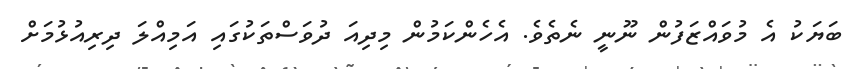
ބަޔަކު އެ މުވައްޒަފުން ނޫނީ ނެތެވެ. އެހެންކަމުން މިދިއަ ދުވަސްތަކުގައި އަމިއްލަ ދިރިއުޅުމަށް